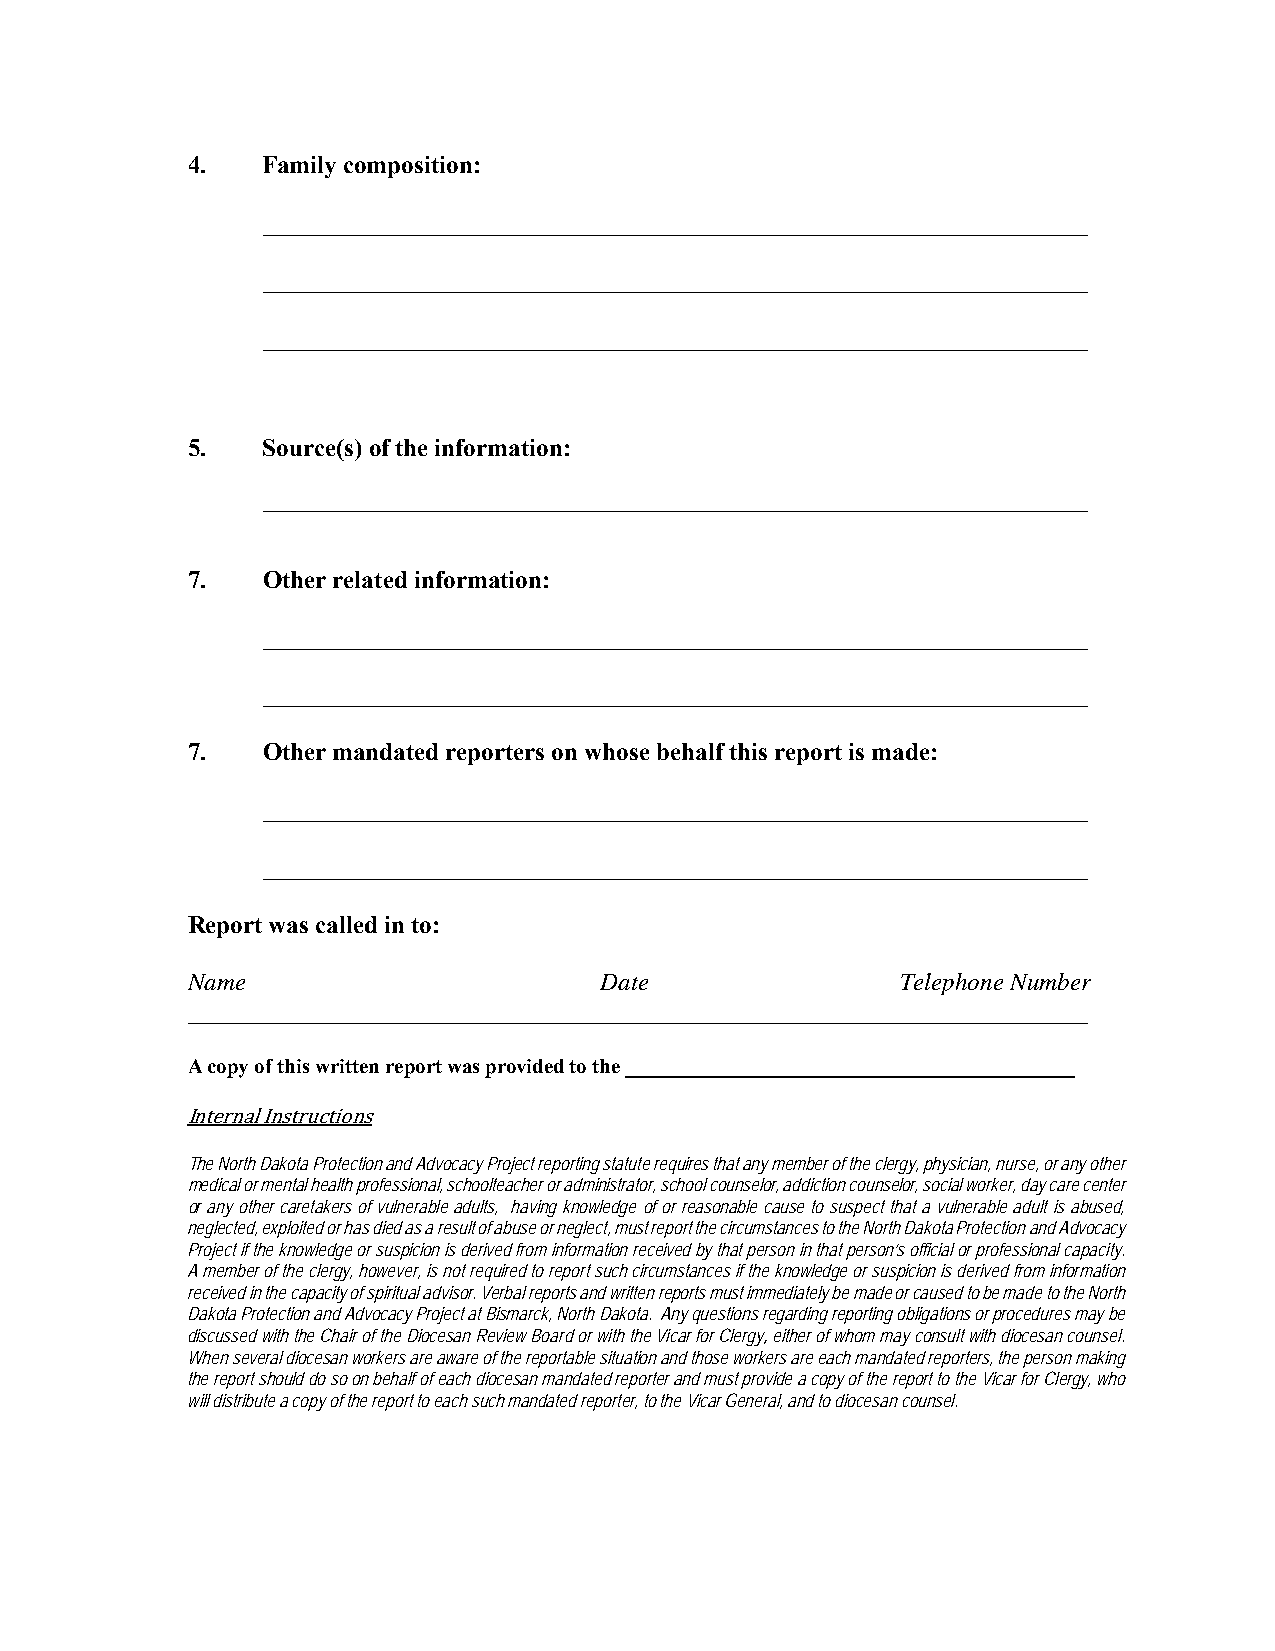
4.   Family composition:
 __________________________________________________________________
 __________________________________________________________________
 __________________________________________________________________
 5.   Source(s) of the information:
 __________________________________________________________________
 7.   Other related information:
 __________________________________________________________________
 __________________________________________________________________
 7.   Other mandated reporters on whose behalf this report is made:
 __________________________________________________________________
 __________________________________________________________________
 Report was called in to:
 Name                        Date                Telephone Number
 ________________________________________________________________________
 A copy of this written report was provided to the ___________________________________________
 Internal Instructions
 The North Dakota Protection and Advocacy Project reporting statute requires that any member of the clergy, physician, nurse, or any other
 medical or mental health professional, schoolteacher or administrator, school counselor, addiction counselor, social worker, day care center
 or any other caretakers of vulnerable adults, having knowledge of or reasonable cause to suspect that a vulnerable adult is abused,
 neglected, exploited or has died as a result of abuse or neglect, must report the circumstances to the North Dakota Protection and Advocacy
 Project if the knowledge or suspicion is derived from information received by that person in that person’s official or professional capacity.
 A member of the clergy, however, is not required to report such circumstances if the knowledge or suspicion is derived from information
 received in the capacity of spiritual advisor. Verbal reports and written reports must immediately be made or caused to be made to the North
 Dakota Protection and Advocacy Project at Bismarck, North Dakota. Any questions regarding reporting obligations or procedures may be
 discussed with the Chair of the Diocesan Review Board or with the Vicar for Clergy, either of whom may consult with diocesan counsel.
 When several diocesan workers are aware of the reportable situation and those workers are each mandated reporters, the person making
 the report should do so on behalf of each diocesan mandated reporter and must provide a copy of the report to the Vicar for Clergy, who
 will distribute a copy of the report to each such mandated reporter, to the Vicar General, and to diocesan counsel.